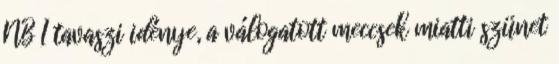
NB I tavaszi idénye, a válogatott meccsek miatti szünet